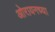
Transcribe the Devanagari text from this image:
ओरायनच्या